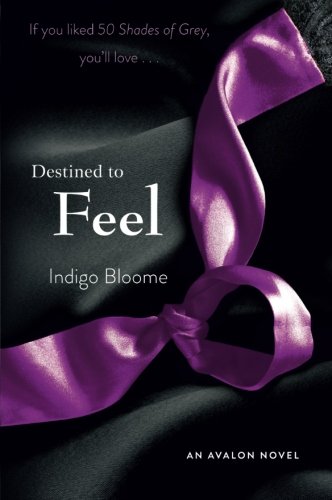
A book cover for Destined to Feel: An Avalon Novel (Avalon Trilogy); Indigo Bloome; Romance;